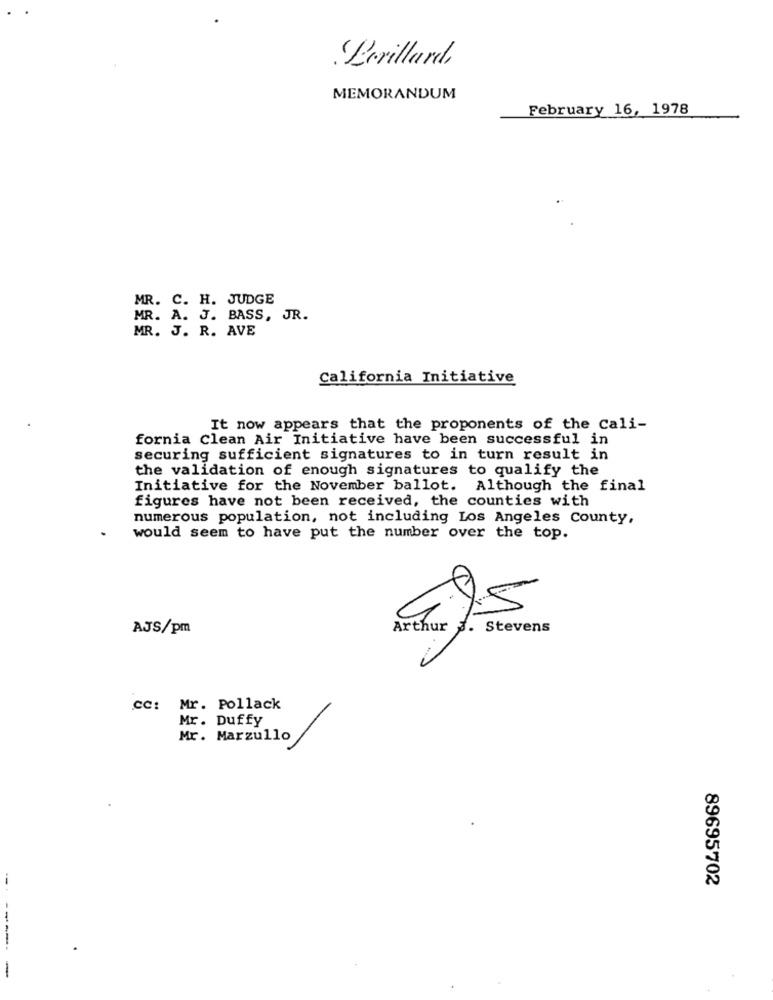
Perillard
MEMORANDUM
February 16, 1978
MR. C. H. JUDGE
MR. A. J. BASS, JR.
MR. J. R. AVE
California Initiative
It now appears that the proponents of the Cali-
fornia Clean Air Initiative have been successful in
securing sufficient signatures to in turn result in
the validation of enough signatures to qualify the
Initiative for the November ballot. Although the final
figures have not been received, the counties with
numerous population, not including Los Angeles County,
would seem to have put the number over the top.
AJS/pm
Arthur
. Stevens
CC: Mr. Pollack
Mr. Duffy
Mr. Marzullo
89695702
----
-